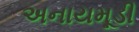
અનાયમૂડી